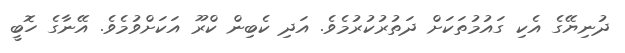
ދުނިޔޭގެ އެކި ގައުމުތަކަށް ދަތުރުކުރުމެވެ. އަދި ކެބިން ކްރޫ އަކަށްވުމެވެ. އޭނާގެ ހޮބީ